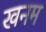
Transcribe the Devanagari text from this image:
खनम